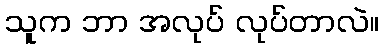
သူက ဘာ အလုပ် လုပ်တာလဲ။